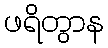
ဖရိတွာန